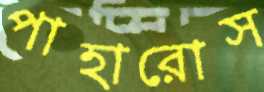
পাহারোস